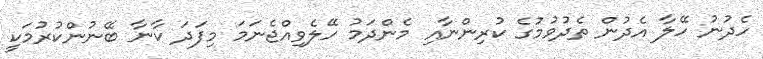
ހެދުނު ހޭލާ އެދުން ތެދުވުމުގެ ކުރިންނާއި މެންދަމު ހޭލެވިއްޖެނަމަ މިފަދަ ކާނާ ބޭނުންކުރުމަކީ